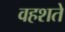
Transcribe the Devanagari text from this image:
वहशते